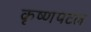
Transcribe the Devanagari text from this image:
कृष्णपटल